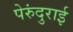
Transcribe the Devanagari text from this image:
पेरुंदुराई